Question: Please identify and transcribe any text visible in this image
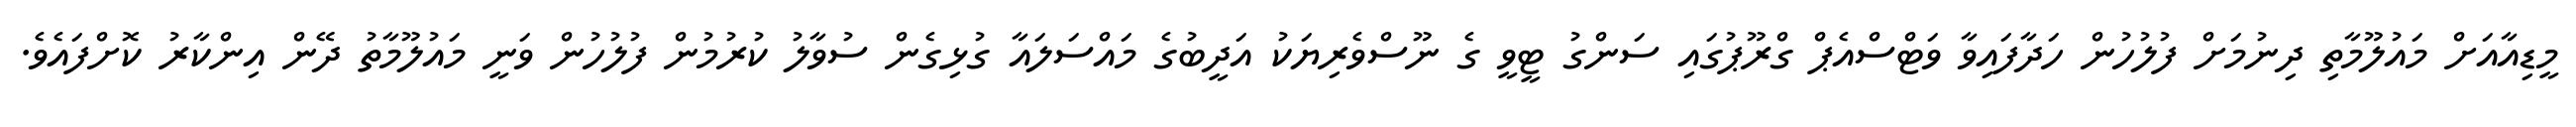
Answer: މީޑިއާއަށް މައުލޫމާތި ދިނުމަށް ފުލުހުން ހަދާފައިވާ ވަޓްސްއެޕް ގްރޫޕުގައި ސަންގު ޓީވީ ގެ ނޫސްވެރިޔަކު އަދީބުގެ މައްސަލައާ ގުޅިގެން ސުވާލު ކުރުމުން ފުލުހުން ވަނީ މައުލޫމާތު ދޭން އިންކާރު ކޮށްފައެވެ.